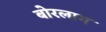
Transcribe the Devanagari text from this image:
बोरलाग